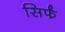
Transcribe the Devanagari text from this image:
सिर्फं